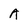
Character: A